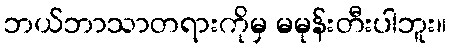
ဘယ်ဘာသာတရားကိုမှ မမုန်းတီးပါဘူး။